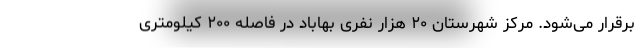
برقرار می‌شود. مرکز شهرستان ۲۰ هزار نفری بهاباد در فاصله ۲۰۰ کیلومتری